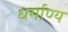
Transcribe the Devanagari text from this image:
धर्माण्य